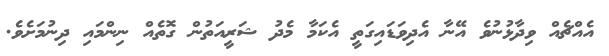
އެއްޗެއް ވިދާޅުނުވެ އޭނާ އެދިވަޑައިގަތީ އެކަމާ މެދު ޝަރީއަތުން ގޮތެއް ނިންމައި ދިނުމަށެވެ.